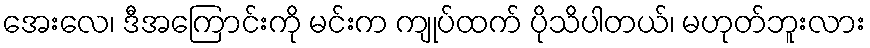
အေးလေ၊ ဒီအကြောင်းကို မင်းက ကျုပ်ထက် ပိုသိပါတယ်၊ မဟုတ်ဘူးလား